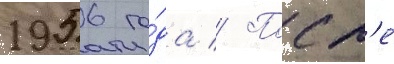
1956 го́да // Посл'е